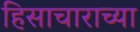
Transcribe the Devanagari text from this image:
हिसाचाराच्या